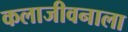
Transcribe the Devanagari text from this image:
कलाजीवनाला